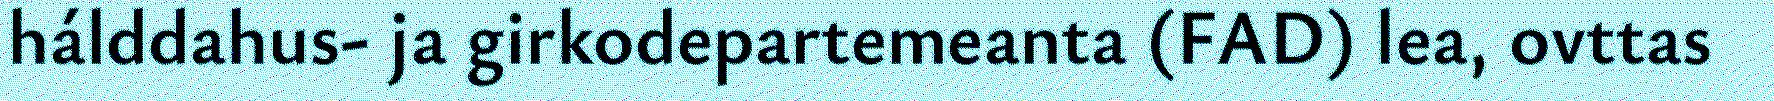
hálddahus- ja girkodepartemeanta (FAD) lea, ovttas